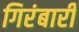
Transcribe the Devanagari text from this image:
गिरंबारी